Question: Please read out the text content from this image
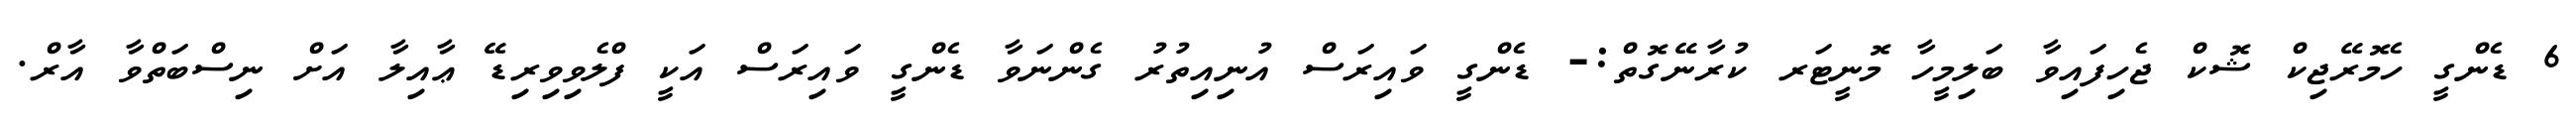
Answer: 6 ޑެންގީ ހެމޮރޭޖިކް ޝޮކް ޖެހިފައިވާ ބަލިމީހާ މޮނީޓަރ ކުރާނޭގޮތް:- ޑެންގީ ވައިރަސް އުނިއިތުރު ގެންނަވާ ޑެންގީ ވައިރަސް އަކީ ފްލެވިވިރިޑޭ ޢާއިލާ އަށް ނިސްބަތްވާ އާރް.